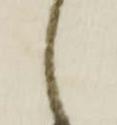
し